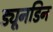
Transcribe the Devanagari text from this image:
ड्यूनडिन